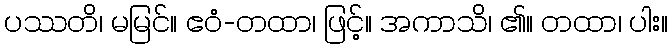
ပဿတိ၊ မမြင်။ ဧဝံ-တထာ၊ ဖြင့်။ အကာသိ၊ ၏။ တထာ၊ ပါး။